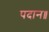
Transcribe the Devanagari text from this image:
पदान॥